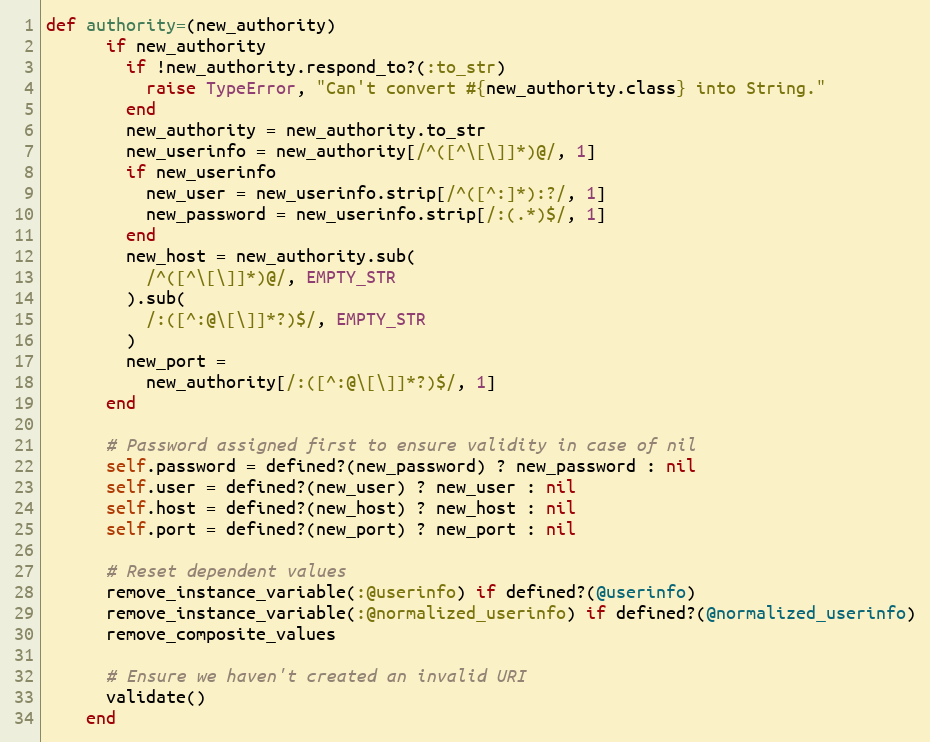
Language: Ruby
def authority=(new_authority)
      if new_authority
        if !new_authority.respond_to?(:to_str)
          raise TypeError, "Can't convert #{new_authority.class} into String."
        end
        new_authority = new_authority.to_str
        new_userinfo = new_authority[/^([^\[\]]*)@/, 1]
        if new_userinfo
          new_user = new_userinfo.strip[/^([^:]*):?/, 1]
          new_password = new_userinfo.strip[/:(.*)$/, 1]
        end
        new_host = new_authority.sub(
          /^([^\[\]]*)@/, EMPTY_STR
        ).sub(
          /:([^:@\[\]]*?)$/, EMPTY_STR
        )
        new_port =
          new_authority[/:([^:@\[\]]*?)$/, 1]
      end

      # Password assigned first to ensure validity in case of nil
      self.password = defined?(new_password) ? new_password : nil
      self.user = defined?(new_user) ? new_user : nil
      self.host = defined?(new_host) ? new_host : nil
      self.port = defined?(new_port) ? new_port : nil

      # Reset dependent values
      remove_instance_variable(:@userinfo) if defined?(@userinfo)
      remove_instance_variable(:@normalized_userinfo) if defined?(@normalized_userinfo)
      remove_composite_values

      # Ensure we haven't created an invalid URI
      validate()
    end